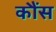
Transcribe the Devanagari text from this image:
कौंस